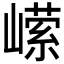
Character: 𭗗